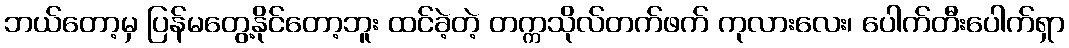
ဘယ်တော့မှ ပြန်မတွေ့နိုင်တော့ဘူး ထင်ခဲ့တဲ့ တက္ကသိုလ်တက်ဖက် ကုလားလေး၊ ပေါက်တီးပေါက်ရှာ